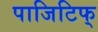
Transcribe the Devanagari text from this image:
पाजिटिफ्